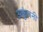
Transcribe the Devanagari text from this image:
अकुंचनी